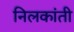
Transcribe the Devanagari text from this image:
निलकांती